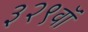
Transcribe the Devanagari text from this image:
३२९वॉ